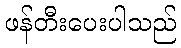
ဖန်တီးပေးပါသည်